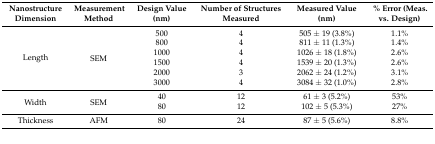
| NanostructureDimension | MeasurementMethod | Design Value(nm) | Number of Structures Measured | Measured Value (nm) | % Error (Meas. vs. Design) |
 | --- | --- | --- | --- | --- | --- |
 | <ROWSPAN=6> Length | <ROWSPAN=6> SEM | 500 | 4 | 505 ± 19 (3.8%) | 1.1% |
 | 800 | 4 | 811 ± 11 (1.3%) | 1.4% |
 | 1000 | 4 | 1026 ± 18 (1.8%) | 2.6% |
 | 1500 | 4 | 1539 ± 20 (1.3%) | 2.6% |
 | 2000 | 3 | 2062 ± 24 (1.2%) | 3.1% |
 | 3000 | 4 | 3084 ± 32 (1.0%) | 2.8% |
 | <ROWSPAN=2> Width | <ROWSPAN=2> SEM | 40 | 12 | 61 ± 3 (5.2%) | 53% |
 | 80 | 12 | 102 ± 5 (5.3%) | 27% |
 | Thickness | AFM | 80 | 24 | 87 ± 5 (5.6%) | 8.8% |